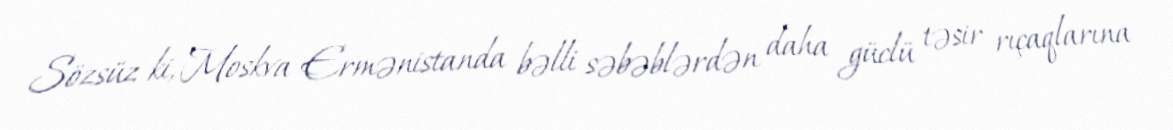
Sözsüz ki, Moskva Ermənistanda bəlli səbəblərdən daha güclü təsir rıçaqlarına